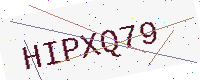
Text: HIPXQ79